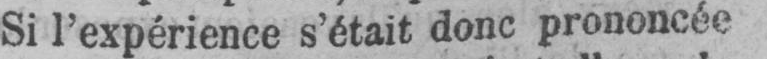
Si l’expérience s’était donc prononcée